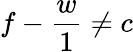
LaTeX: f-\frac{w}{1}\neq c